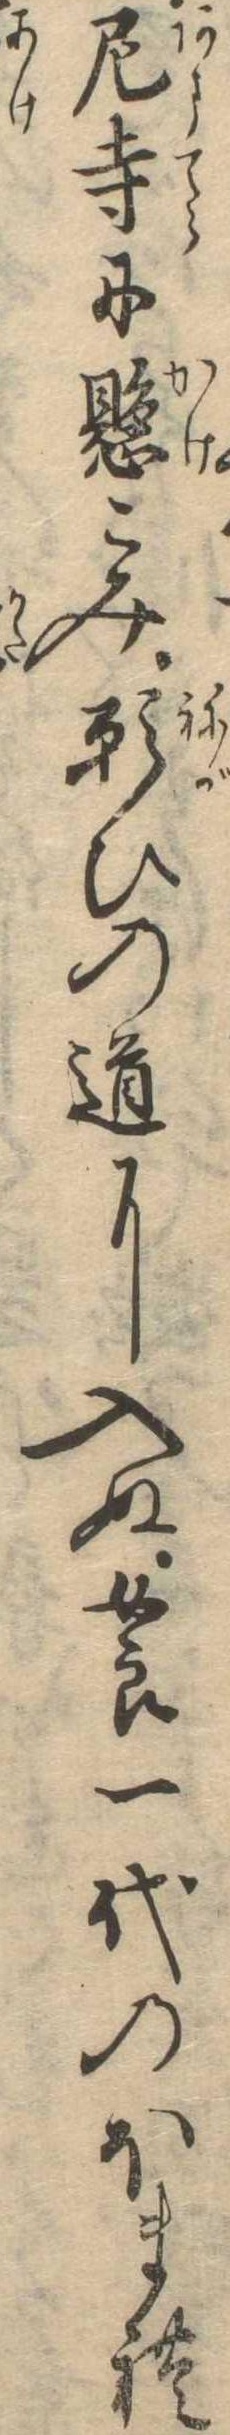
尼寺に懸こみ願ひの道に入ぬ女郎一代のほまれ